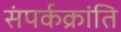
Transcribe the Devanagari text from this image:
संपर्कक्रांति